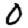
Digit: 0